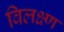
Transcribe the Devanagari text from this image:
विलक्ष्ण